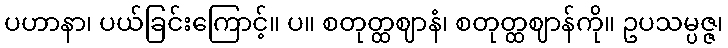
ပဟာနာ၊ ပယ်ခြင်းကြောင့်။ ပ။ စတုတ္ထဈာနံ၊ စတုတ္ထဈာန်ကို။ ဥပသမ္ပဇ္ဇ၊